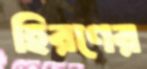
হিরণের